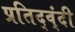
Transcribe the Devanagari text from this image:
प्रतिद्व्ंदी